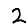
Digit: 2